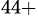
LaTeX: ^{44+}